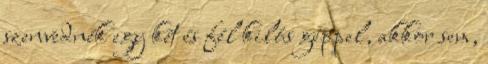
szenvednék egy két és fél kilós géppel, akkor sem,